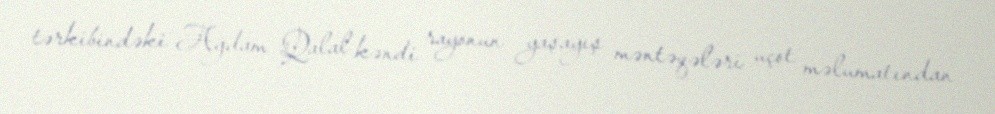
tərkibindəki Ağdam Qalal kəndi rayonun yaşayış məntəqələri uçot məlumatından